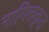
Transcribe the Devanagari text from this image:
नागित्तकृत